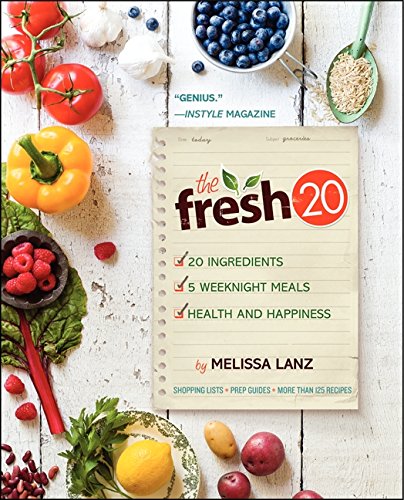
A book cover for The Fresh 20: 20-Ingredient Meal Plans for Health and Happiness 5 Nights a Week; Melissa Lanz; Cookbooks, Food & Wine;